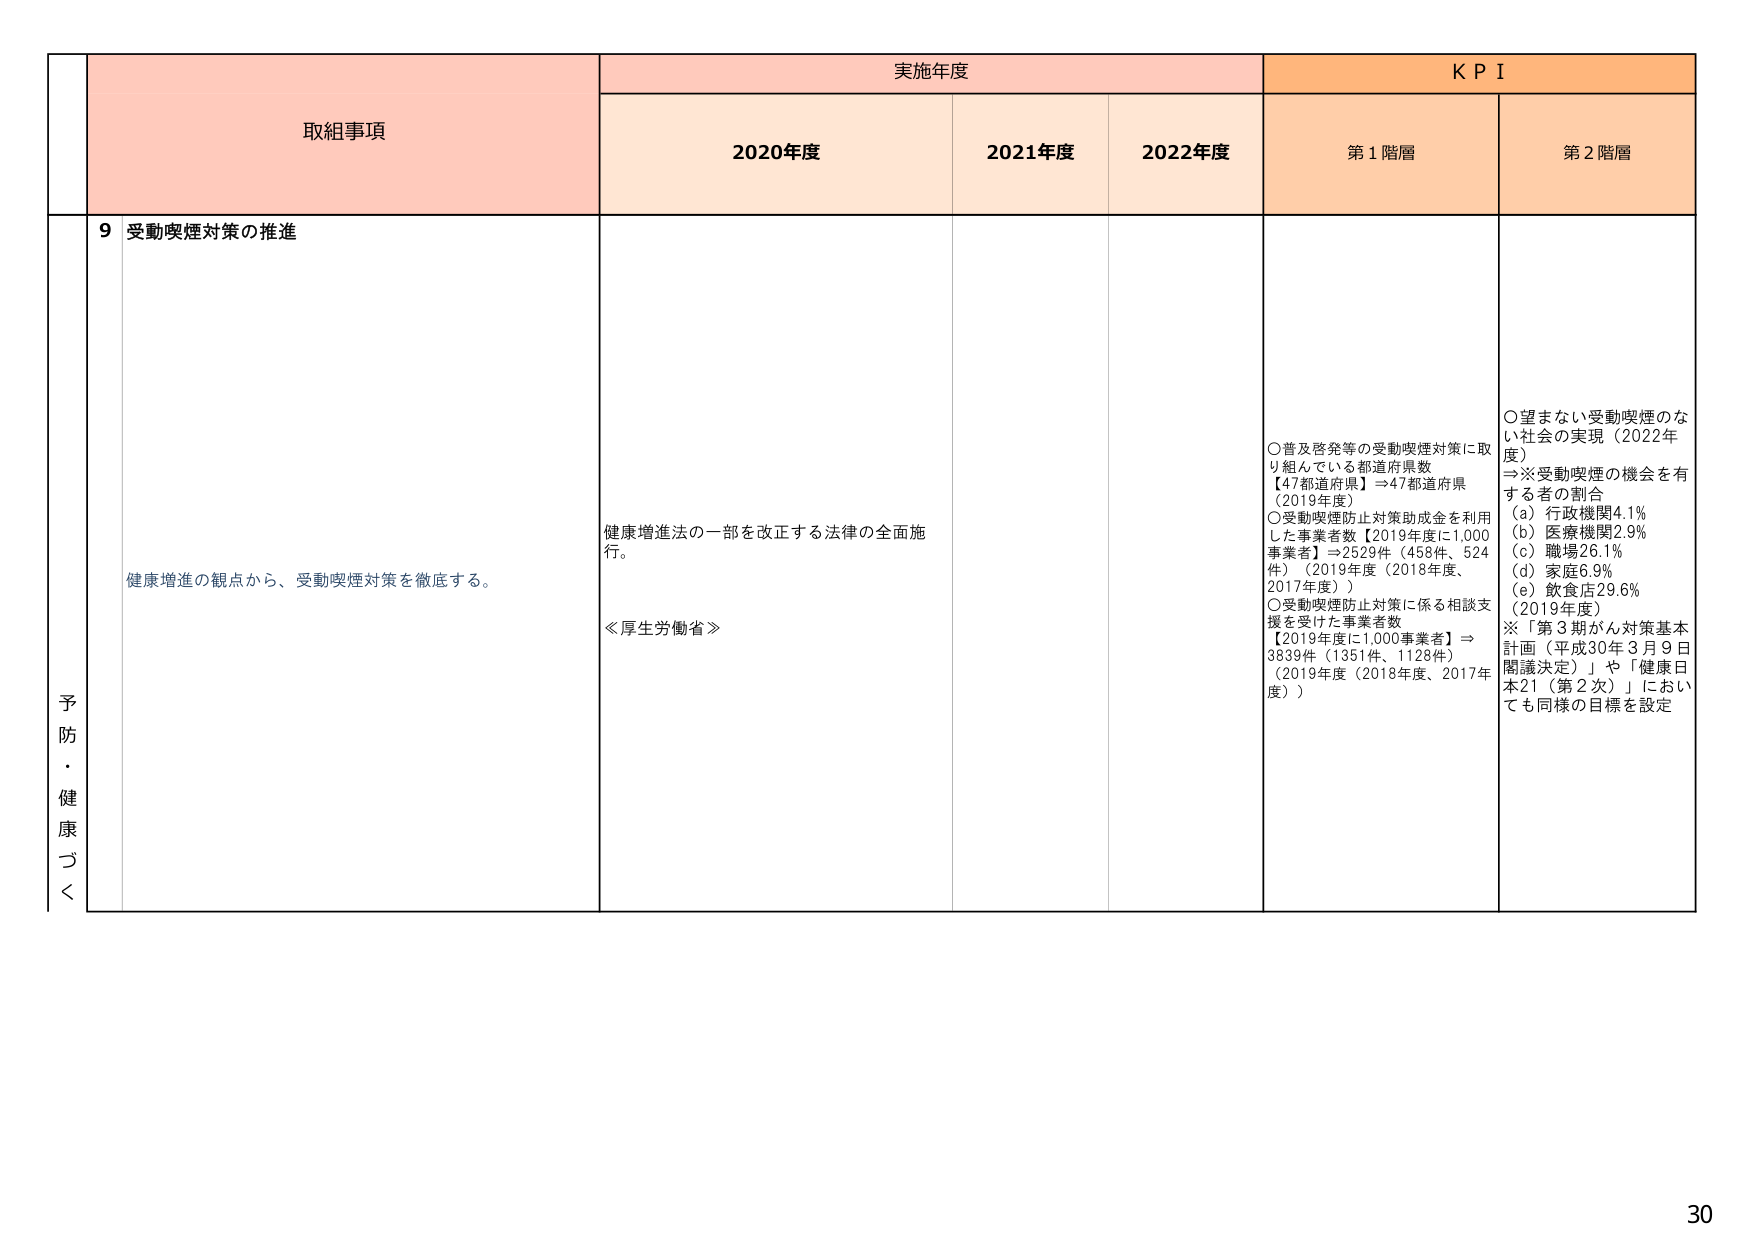
予防・健康づくり
取組事項
実施年度
KPI
2020年度
2021年度
2022年度
第1階層
第2階層
9 受動喫煙対策の推進
健康増進の観点から、受動喫煙対策を徹底する。
健康増進法の一部を改正する法律の全面施行。
≪厚生労働省≫
〇普及啓発等の受動喫煙対策に取り組んでいる都道府県数
【47都道府県】⇒47都道府県（2019年度）
〇受動喫煙防止対策助成金を利用した事業者数【2019年度に1,000事業者】⇒2529件（458件、524件）（2019年度（2018年度、2017年度））
〇受動喫煙防止対策に係る相談支援を受けた事業者数
【2019年度に1,000事業者】⇒3839件（1351件、1128件）（2019年度（2018年度、2017年度））
〇望まない受動喫煙のない社会の実現（2022年度）
⇒※受動喫煙の機会を有する者の割合
（a）行政機関4.1%
（b）医療機関2.9%
（c）職場26.1%
（d）家庭6.9%
（e）飲食店29.6%
（2019年度）
※「第3期がん対策基本計画（平成30年3月9日閣議決定）」や「健康日本21（第2次）」においても同様の目標を設定
30